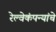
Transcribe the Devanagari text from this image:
रेल्वेकंपन्यांचे